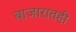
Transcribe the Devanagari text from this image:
बाजारातही